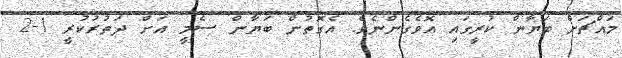
މައްޗަށް ބަޔާން ކުރީގައި އޮވެގެންނެވެ. އެގޮތުން ބަޔާން ސެމީ އަށް ދަތުރުކުރީ 1-2